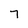
Character: 7